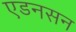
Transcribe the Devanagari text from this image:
एडनसन